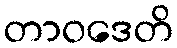
တာဝဒေတိ